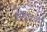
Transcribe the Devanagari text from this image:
सैंड्विच